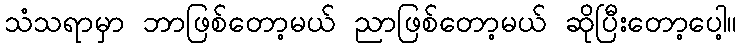
သံသရာမှာ ဘာဖြစ်တော့မယ် ညာဖြစ်တော့မယ် ဆိုပြီးတော့ပေါ့။